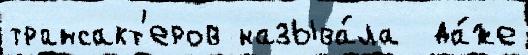
трансакт'еров называ́ла  да́же